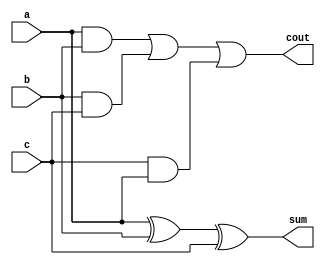
module full_adder1b(
    input a, b, c,
    output sum, cout
);
    wire w1, w2;
    xor(w1, a, b);
    xor(sum, w1, c);
    assign cout = ((a & b) | (b & c) | (c & a));
endmodule //end_of_1bit_full_adder

module parallel_adder4b (
    input [3:0]x, y,
    input cin,
    output [3:0] sum,
    output carry
);
    wire cout1, cout2, cout3;
    full_adder1b FA1 (x[0], y[0], cin, sum[0], cout1);
    full_adder1b FA2 (x[1], y[1], cout1, sum[1], cout2);
    full_adder1b FA3 (x[2], y[2], cout2, sum[2], cout3);
    full_adder1b FA4 (x[3], y[3], cout3, sum[3], carry);
endmodule//end_of_parallel_adder

module tb_adder4b(
	output reg [3:0] bin1, bin2,
    output reg cin,
	input [3:0]sum,
    input carry
);
	initial begin
		$monitor("%t, When bin1=%b, bin2=%b cin=%b then Result is =%b , Carry =%b",$time,bin1,bin2,cin,sum,carry);
		   {bin1,bin2,cin} = 9'b010110100;
		#5 {bin1,bin2,cin} = 9'b001111101;
		#5 {bin1,bin2,cin} = 9'b111100110;
		#5 {bin1,bin2,cin} = 9'b011100011;
		#5 {bin1,bin2,cin} = 9'b000000011;
		#5 {bin1,bin2,cin} = 9'b111100000;
		#5 {bin1,bin2,cin} = 9'b011100011;
		#5 {bin1,bin2,cin} = 9'b011100010;
        #5 $finish;
	end
endmodule//end_of_testbench

module wb;
    wire [3:0] bin1, bin2, sum;
    wire cin, carry;
    initial begin
        $dumpfile("parallel_adder.vcd");
        $dumpvars(0, wb);
    end
    parallel_adder4b dut (bin1, bin2, cin, sum, carry);
    tb_adder4b tb (bin1, bin2, cin, sum, carry);
endmodule//end_of_workbench